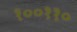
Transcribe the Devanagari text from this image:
१००११०